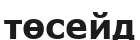
төсейд